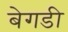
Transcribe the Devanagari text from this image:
बेगडी